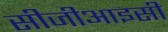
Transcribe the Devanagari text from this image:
सीजीआइसी